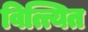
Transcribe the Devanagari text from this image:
वित्त्यित